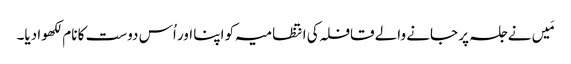
مَیں نے جلسہ پر جانے والے قافلہ کی انتظامیہ کو اپنا اور اُس دوست کا نام لکھوا دیا۔